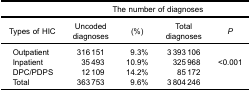
<table><thead><tr><td><b> </b></td><td colspan="4"><b>The number of diagnoses</b></td></tr><tr><td><b>Types of HIC</b></td><td><b>Uncodeddiagnoses</b></td><td><b>(%)</b></td><td><b>Totaldiagnoses</b></td><td><b><i>P</i></b></td></tr></thead><tbody><tr><td>Outpatient</td><td>316 151</td><td>9.3%</td><td>3 393 106</td><td> </td></tr><tr><td>Inpatient</td><td>35 493</td><td>10.9%</td><td>325 968</td><td>&lt;0.001</td></tr><tr><td>DPC/PDPS</td><td>12 109</td><td>14.2%</td><td>85 172</td><td> </td></tr><tr><td>Total</td><td>363 753</td><td>9.6%</td><td>3 804 246</td><td> </td></tr></tbody></table>